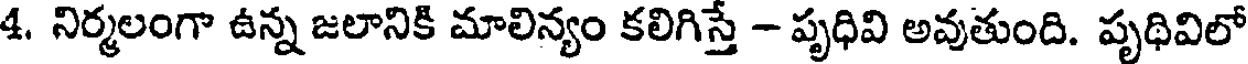
4. నిర్మలంగా ఉన్న జలానికి మాలిన్యం కలిగిస్తే - పృధివి అవుతుంది. పృథివిలో